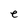
Character: e